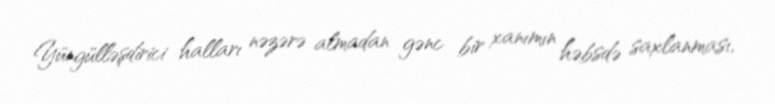
Yüngülləşdirici halları nəzərə almadan gənc bir xanımın həbsdə saxlanması,